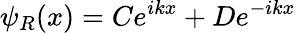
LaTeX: \psi_{R}(x)=Ce^{ikx}+De^{-ikx}